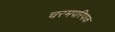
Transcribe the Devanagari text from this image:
चरमपरिपाक